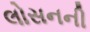
લોસનની